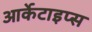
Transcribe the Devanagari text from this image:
आर्केटाइप्स